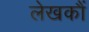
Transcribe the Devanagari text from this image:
लेखकौं